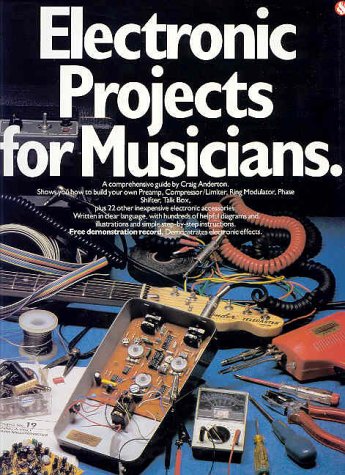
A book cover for Electronic Projects for Musicians; Craig Anderton; Arts & Photography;